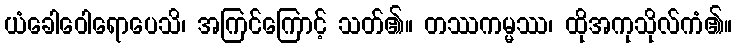
ယံခေါဝေါရောပေသိ၊ အကြင်ကြောင့် သတ်၏။ တဿကမ္မဿ၊ ထိုအကုသိုလ်ကံ၏။